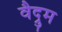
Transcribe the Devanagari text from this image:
वैद्रुम